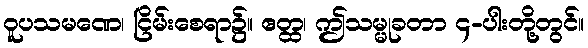
ဝူပသမဏေ၊ ငြိမ်းစေရာ၌။ ဧတ္ထ၊ ဤသမ္မုခတာ ၄-ပါးတို့တွင်။